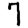
Digit: 7